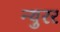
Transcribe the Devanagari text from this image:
न्युरर